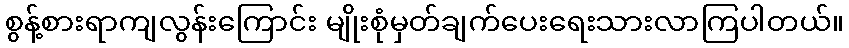
စွန့်စားရာကျလွန်းကြောင်း မျိုးစုံမှတ်ချက်ပေးရေးသားလာကြပါတယ်။